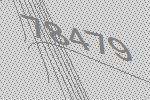
78479